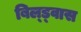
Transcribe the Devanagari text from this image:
बिल्ड्वास